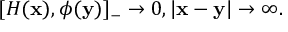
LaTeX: [ { \cal H } ( { \bf x } ) , \phi ( { \bf y } ) ] _ { - } \rightarrow 0 , | { \bf x } - { \bf y } | \rightarrow \infty .